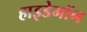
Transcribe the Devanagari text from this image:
हाइडेमॉन